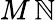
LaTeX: M\, \mathbb{N}